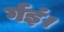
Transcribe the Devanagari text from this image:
र्गइं।